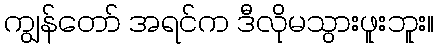
ကျွန်တော် အရင်က ဒီလိုမသွားဖူးဘူး။